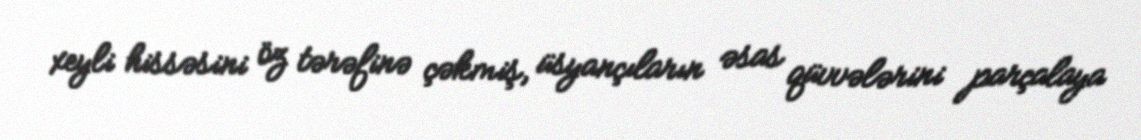
xeyli hissəsini öz tərəfinə çəkmiş, üsyançıların əsas qüvvələrini parçalaya